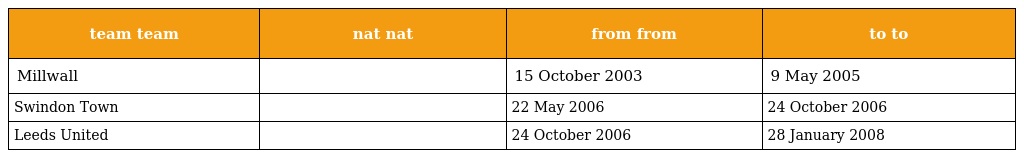
| team team | nat nat | from from | to to |
 | --- | --- | --- | --- |
 | Millwall |  | 15 October 2003 | 9 May 2005 |
 | Swindon Town |  | 22 May 2006 | 24 October 2006 |
 | Leeds United |  | 24 October 2006 | 28 January 2008 |